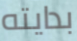
بدايته